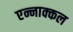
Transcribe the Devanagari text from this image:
एन्नाक्कल